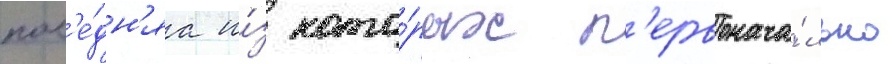
посл'е́дн'яа и́з кото́рых п'ервонача́льно